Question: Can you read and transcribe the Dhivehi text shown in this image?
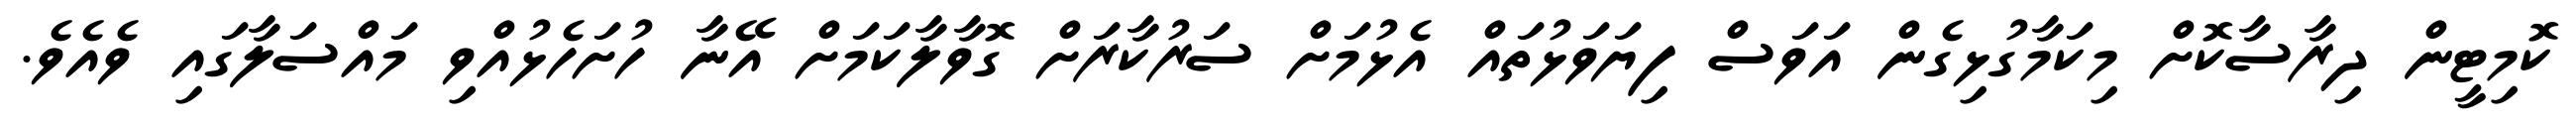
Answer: ކޮމިޓީން ދިރާސާކޮށް މިކަމާގުޅިގެން އަވަސް ފިޔަވަޅުތައް އެޅުމަށް ސަރުކާރަށް ގޮވާލާކަމަށް އޭނާ ހުށަހެޅުއްވި މައްސަލާގައި ވެއެވެ.